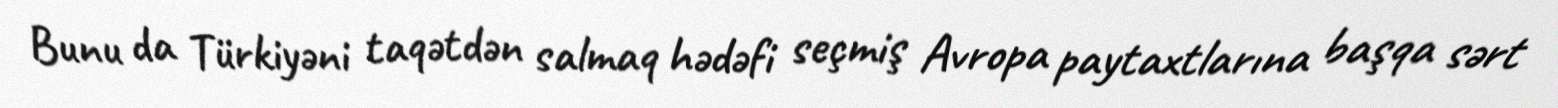
Bunu da Türkiyəni taqətdən salmaq hədəfi seçmiş Avropa paytaxtlarına başqa sərt